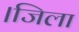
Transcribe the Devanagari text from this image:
।जिला